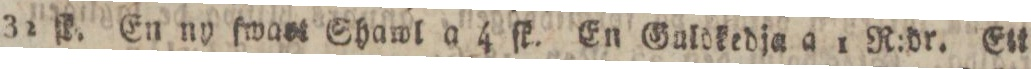
32 ſk. En ny ſwaſt Shawl a 4 ſk. En Gulokedja a 1 R:dr. Ett